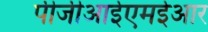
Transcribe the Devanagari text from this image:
पीजीआईएमईआर